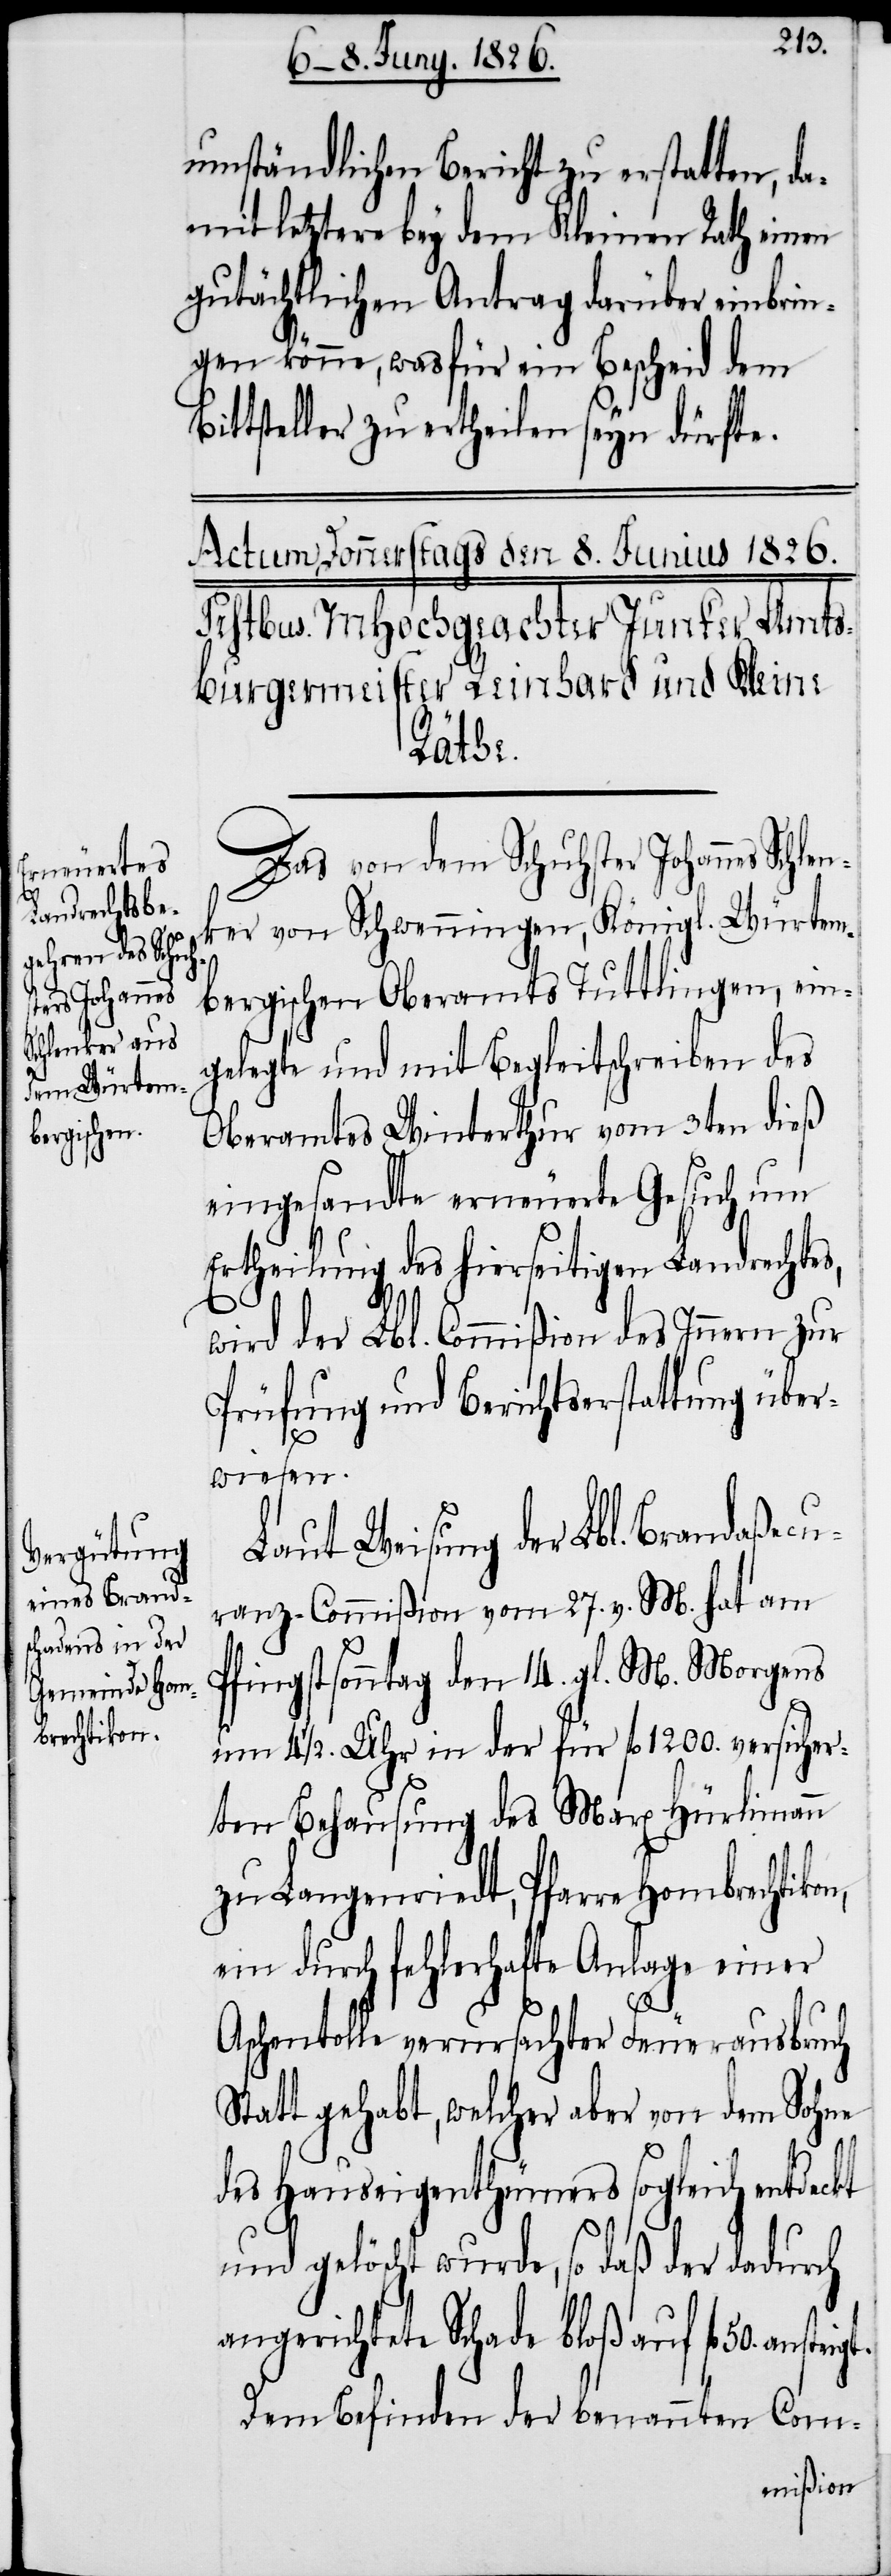
umständlichen Bericht zu erstatten, d¬
amit letztere bey dem Kleinen Rath einen
gutächtlichen Antrag darüber einbrin¬
gen könne, wasfür ein Bescheid dem
ittsteller zu ertheilen seyn dürfte.
teigt.
Das von dem Schuhster Johannes Schle¬
nk¬
er von Schwenningen, Königl. Würtem¬
bergischen Oberamts Tuttlingen, ein¬
gelegte und mit Begleitschreiben des
Oberamtes Winterthur vom 3ten dieß
eingesandte erneuerte Gesuch um
Ertheilung des hierseitigen Landrechtes,
wird der Lbl. Commißion des Innern zur
Prüfung und Berichtserstattung über¬
wiesen.
Laut Weisung der Lbl. Brandaßecu¬
ranz-Commißion vom 27. v. M. hat am
Pfingstsonntag den 14. gl. M. Morgens
um 4 1/2. Uhr in der für fl. 1200. versicher¬
ten Behausung des Max Hürlimann
zu Langenriedt, Pfarre Hombrechtikon,
ein durch fehlerhafte Anlage einer
Aschentolle verursachter Feuerausbruch
Statt gehabt, welcher aber von dem Sohne
des Hauseigenthümers sogleich entdeckt
und gelöscht wurde, so daß der dadurch
angerichtete Schade bloß auf fl. 50. ans¬
Dem Befinden der benannten Com-